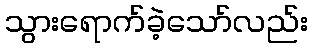
သွားရောက်ခဲ့သော်လည်း